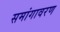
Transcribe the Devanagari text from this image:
समांगावरण